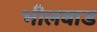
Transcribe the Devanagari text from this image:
भीलवाड